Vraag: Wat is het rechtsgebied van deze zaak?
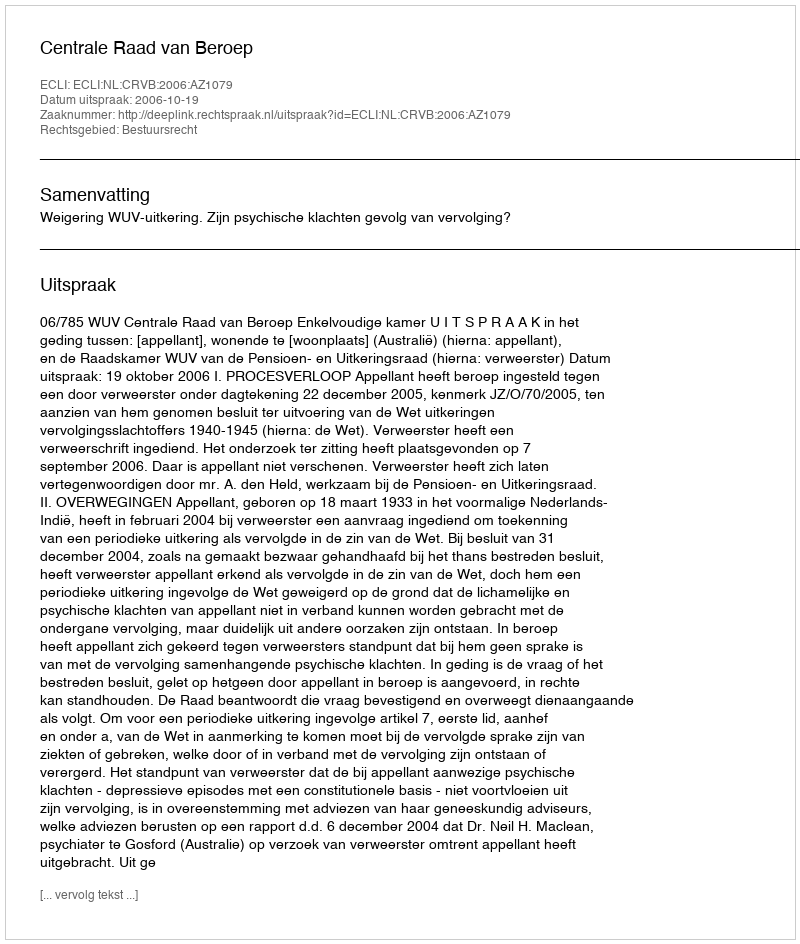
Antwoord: Bestuursrecht